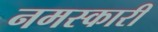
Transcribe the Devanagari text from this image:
नमस्कारी